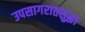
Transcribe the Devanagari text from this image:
उपसागरातसुद्धा